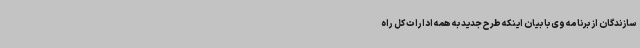
سازندگان از برنامه وی با بیان اینکه طرح جدید به همه ادارات کل راه